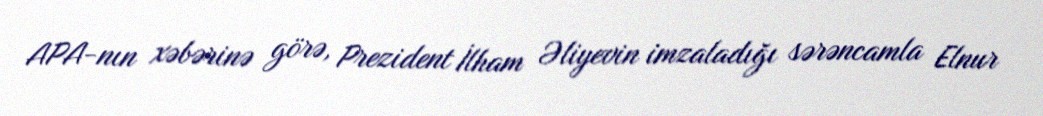
APA-nın xəbərinə görə, Prezident İlham Əliyevin imzaladığı sərəncamla Elnur